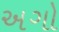
અગો